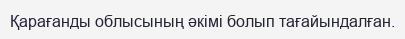
Қарағанды облысының әкімі болып тағайындалған.